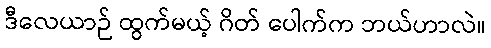
ဒီလေယာဉ် ထွက်မယ့် ဂိတ် ပေါက်က ဘယ်ဟာလဲ။